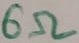
Text: 6Ω